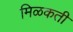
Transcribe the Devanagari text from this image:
मिळकती